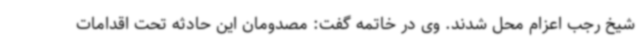
شیخ رجب اعزام محل شدند. وی در خاتمه گفت: مصدومان این حادثه تحت اقدامات